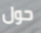
حول